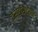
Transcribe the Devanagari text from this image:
टेस्टॉस्टेरोन